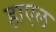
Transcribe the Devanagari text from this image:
हाएल